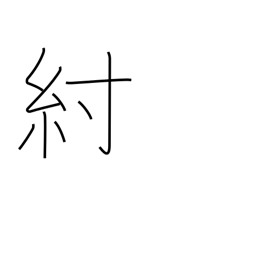
Meaning: harness strap